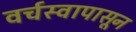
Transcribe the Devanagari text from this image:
वर्चस्वापासून